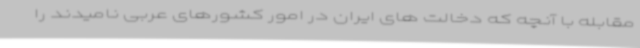
مقابله با آنچه که دخالت های ایران در امور کشورهای عربی نامیدند را